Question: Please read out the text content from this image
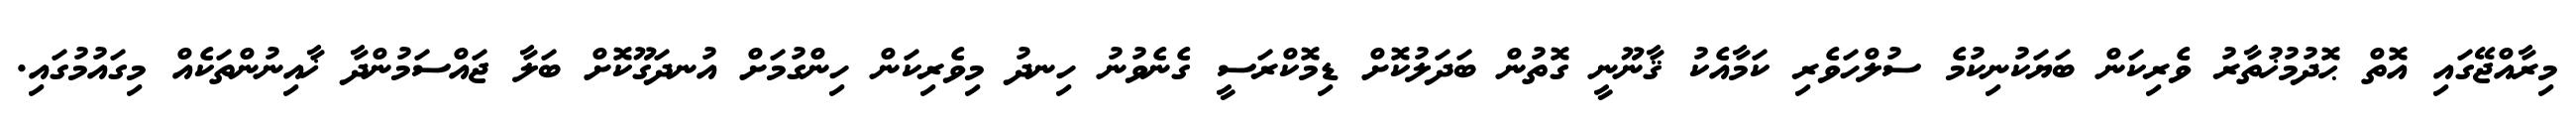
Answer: މިރާއްޖޭގައި އޮތް ޙޮދުމުޚުތާރު ވެރިކަން ބަޔަކުނިކުމެ ސުލްހަވެރި ކަމާއެކު ޤާނޫނީ ގޮތުން ބަދަލުކޮށް ޑިމޮކްރަސީ ގެނެވުނު ހިނދު މިވެރިކަން ހިންގުމަށް އުނދަގޫކޮށް ބަލާ ޖައްސަމުންދާ ޚާއިނުންތަކެއް މިގައުމުގައި.